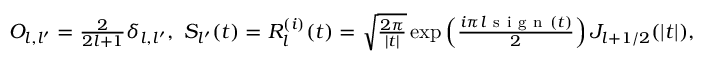
\begin{array} { r } { O _ { l , l ^ { \prime } } = \frac { 2 } { 2 l + 1 } \delta _ { l , l ^ { \prime } } , \, \, S _ { l ^ { \prime } } ( t ) = R _ { l } ^ { ( i ) } ( t ) = \sqrt { \frac { 2 \pi } { | t | } } \exp \left( \frac { i \pi l \mathrm { ~ s ~ i ~ g ~ n ~ } ( t ) } { 2 } \right) J _ { l + 1 / 2 } ( | t | ) , } \end{array}